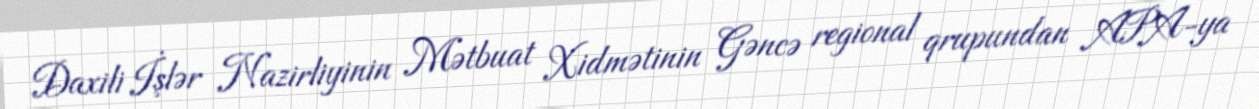
Daxili İşlər Nazirliyinin Mətbuat Xidmətinin Gəncə regional qrupundan APA-ya